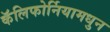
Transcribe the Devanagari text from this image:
कॅलिफोर्नियामधुन